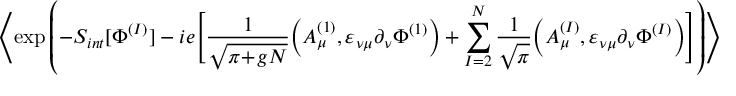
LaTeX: \Bigg \langle \! \exp \left( - S _ { i n t } [ \Phi ^ { ( I ) } ] - i e \Bigg [ \frac { 1 } { \sqrt { \pi \! + \! g N } } \Big ( A _ { \mu } ^ { ( 1 ) } , \varepsilon _ { \nu \mu } \partial _ { \nu } \Phi ^ { ( 1 ) } \Big ) + \sum _ { I = 2 } ^ { N } \frac { 1 } { \sqrt { \pi } } \Big ( A _ { \mu } ^ { ( I ) } , \varepsilon _ { \nu \mu } \partial _ { \nu } \Phi ^ { ( I ) } \Big ) \Bigg ] \right) \! \Bigg \rangle _ { \! \{ K ^ { ( I ) } \} } .